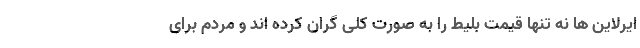
ایرلاین ها نه تنها قیمت بلیط را به صورت کلی گران کرده اند و مردم برای